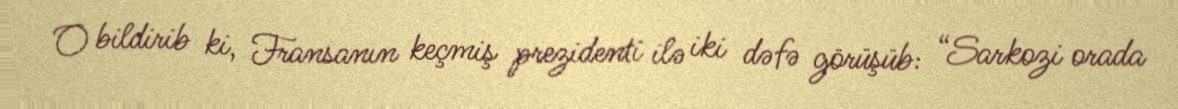
O bildirib ki, Fransanın keçmiş prezidenti ilə iki dəfə görüşüb: “Sarkozi orada